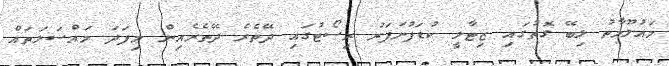
މައުލޫމާތު ލިބޭ ގޮތުގައި ޒިޓާލީ ކުޑަފުނަފަރު ރިސޯޓުގައި ދޭތެރެ ދޭތެރެއިން މިފަދަ މައްސަލަތައް